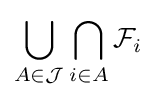
\bigcup _{A\in {\mathcal {J}}}\bigcap _{i\in A}{\mathcal {F}}_{i}